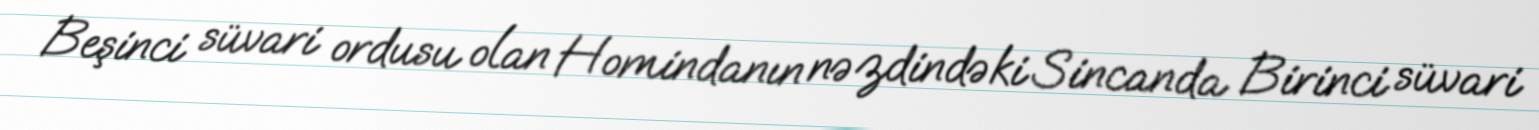
Beşinci süvari ordusu olan Homindanın nəzdindəki Sincanda Birinci süvari